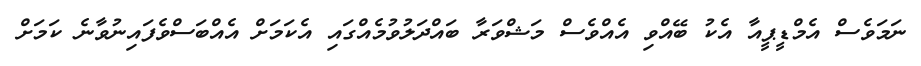
ނަމަވެސް އެމްޑީޕީއާ އެކު ބޭއްވި އެއްވެސް މަޝްވަރާ ބައްދަލުވުމެއްގައި އެކަމަށް އެއްބަސްވެފައިނުވާނެ ކަމަށް